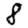
Digit: 8